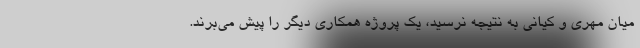
میان مهری و کیانی به نتیجه نرسید، یک پروژه همکاری دیگر را پیش می‌برند.